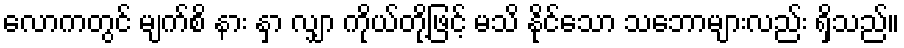
လောကတွင် မျက်စိ နား နှာ လျှာ ကိုယ်တို့ဖြင့် မသိ နိုင်သော သဘောများလည်း ရှိသည်။